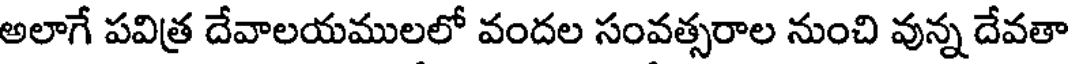
అలాగే పవిత్ర దేవాలయములలో వందల సంవత్సరాల నుంచి వున్న దేవతా